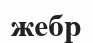
жебр